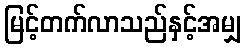
မြင့်တက်လာသည်နှင့်အမျှ